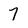
Character: 7